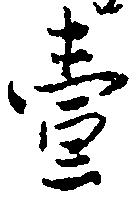
壱